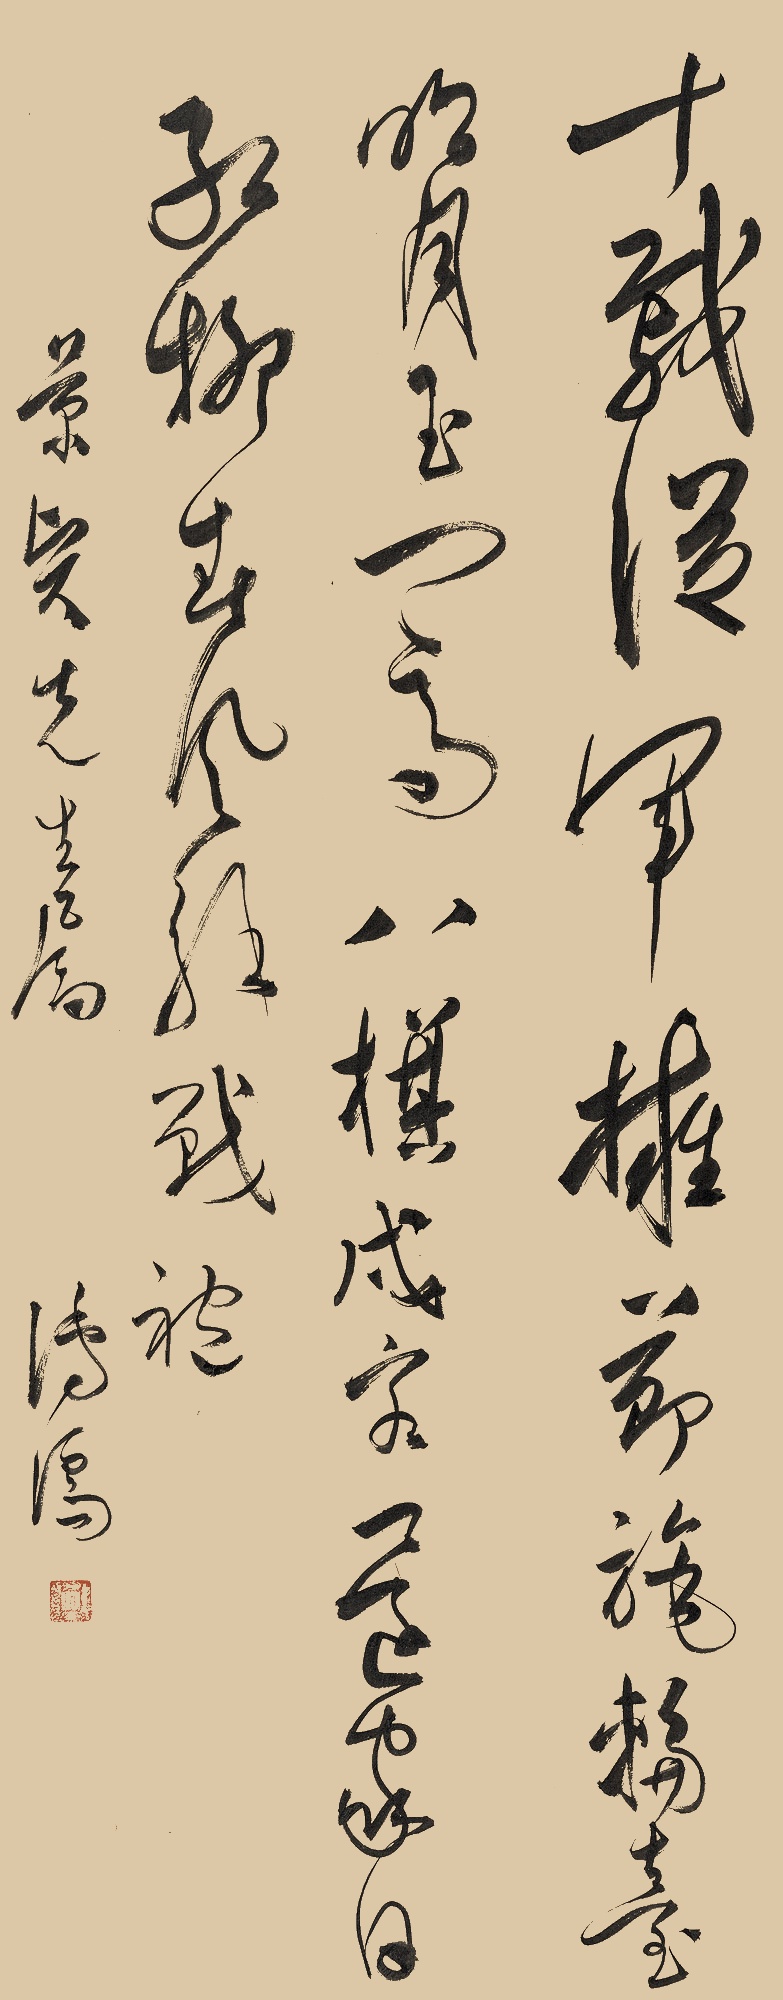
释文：十载从军拥节旌，轮台明月玉门关。八旗戍客还家日，红柳春风解战袍。景贤先生属。溥儒。